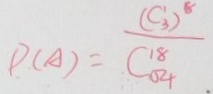
P _ { ( A ) } = \frac { ( C _ { 3 } ^ { 1 } ) ^ { 1 8 } } { C _ { 5 4 } ^ { 1 8 } }